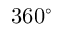
3 6 0 ^ { \circ }